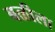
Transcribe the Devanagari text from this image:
बळीला